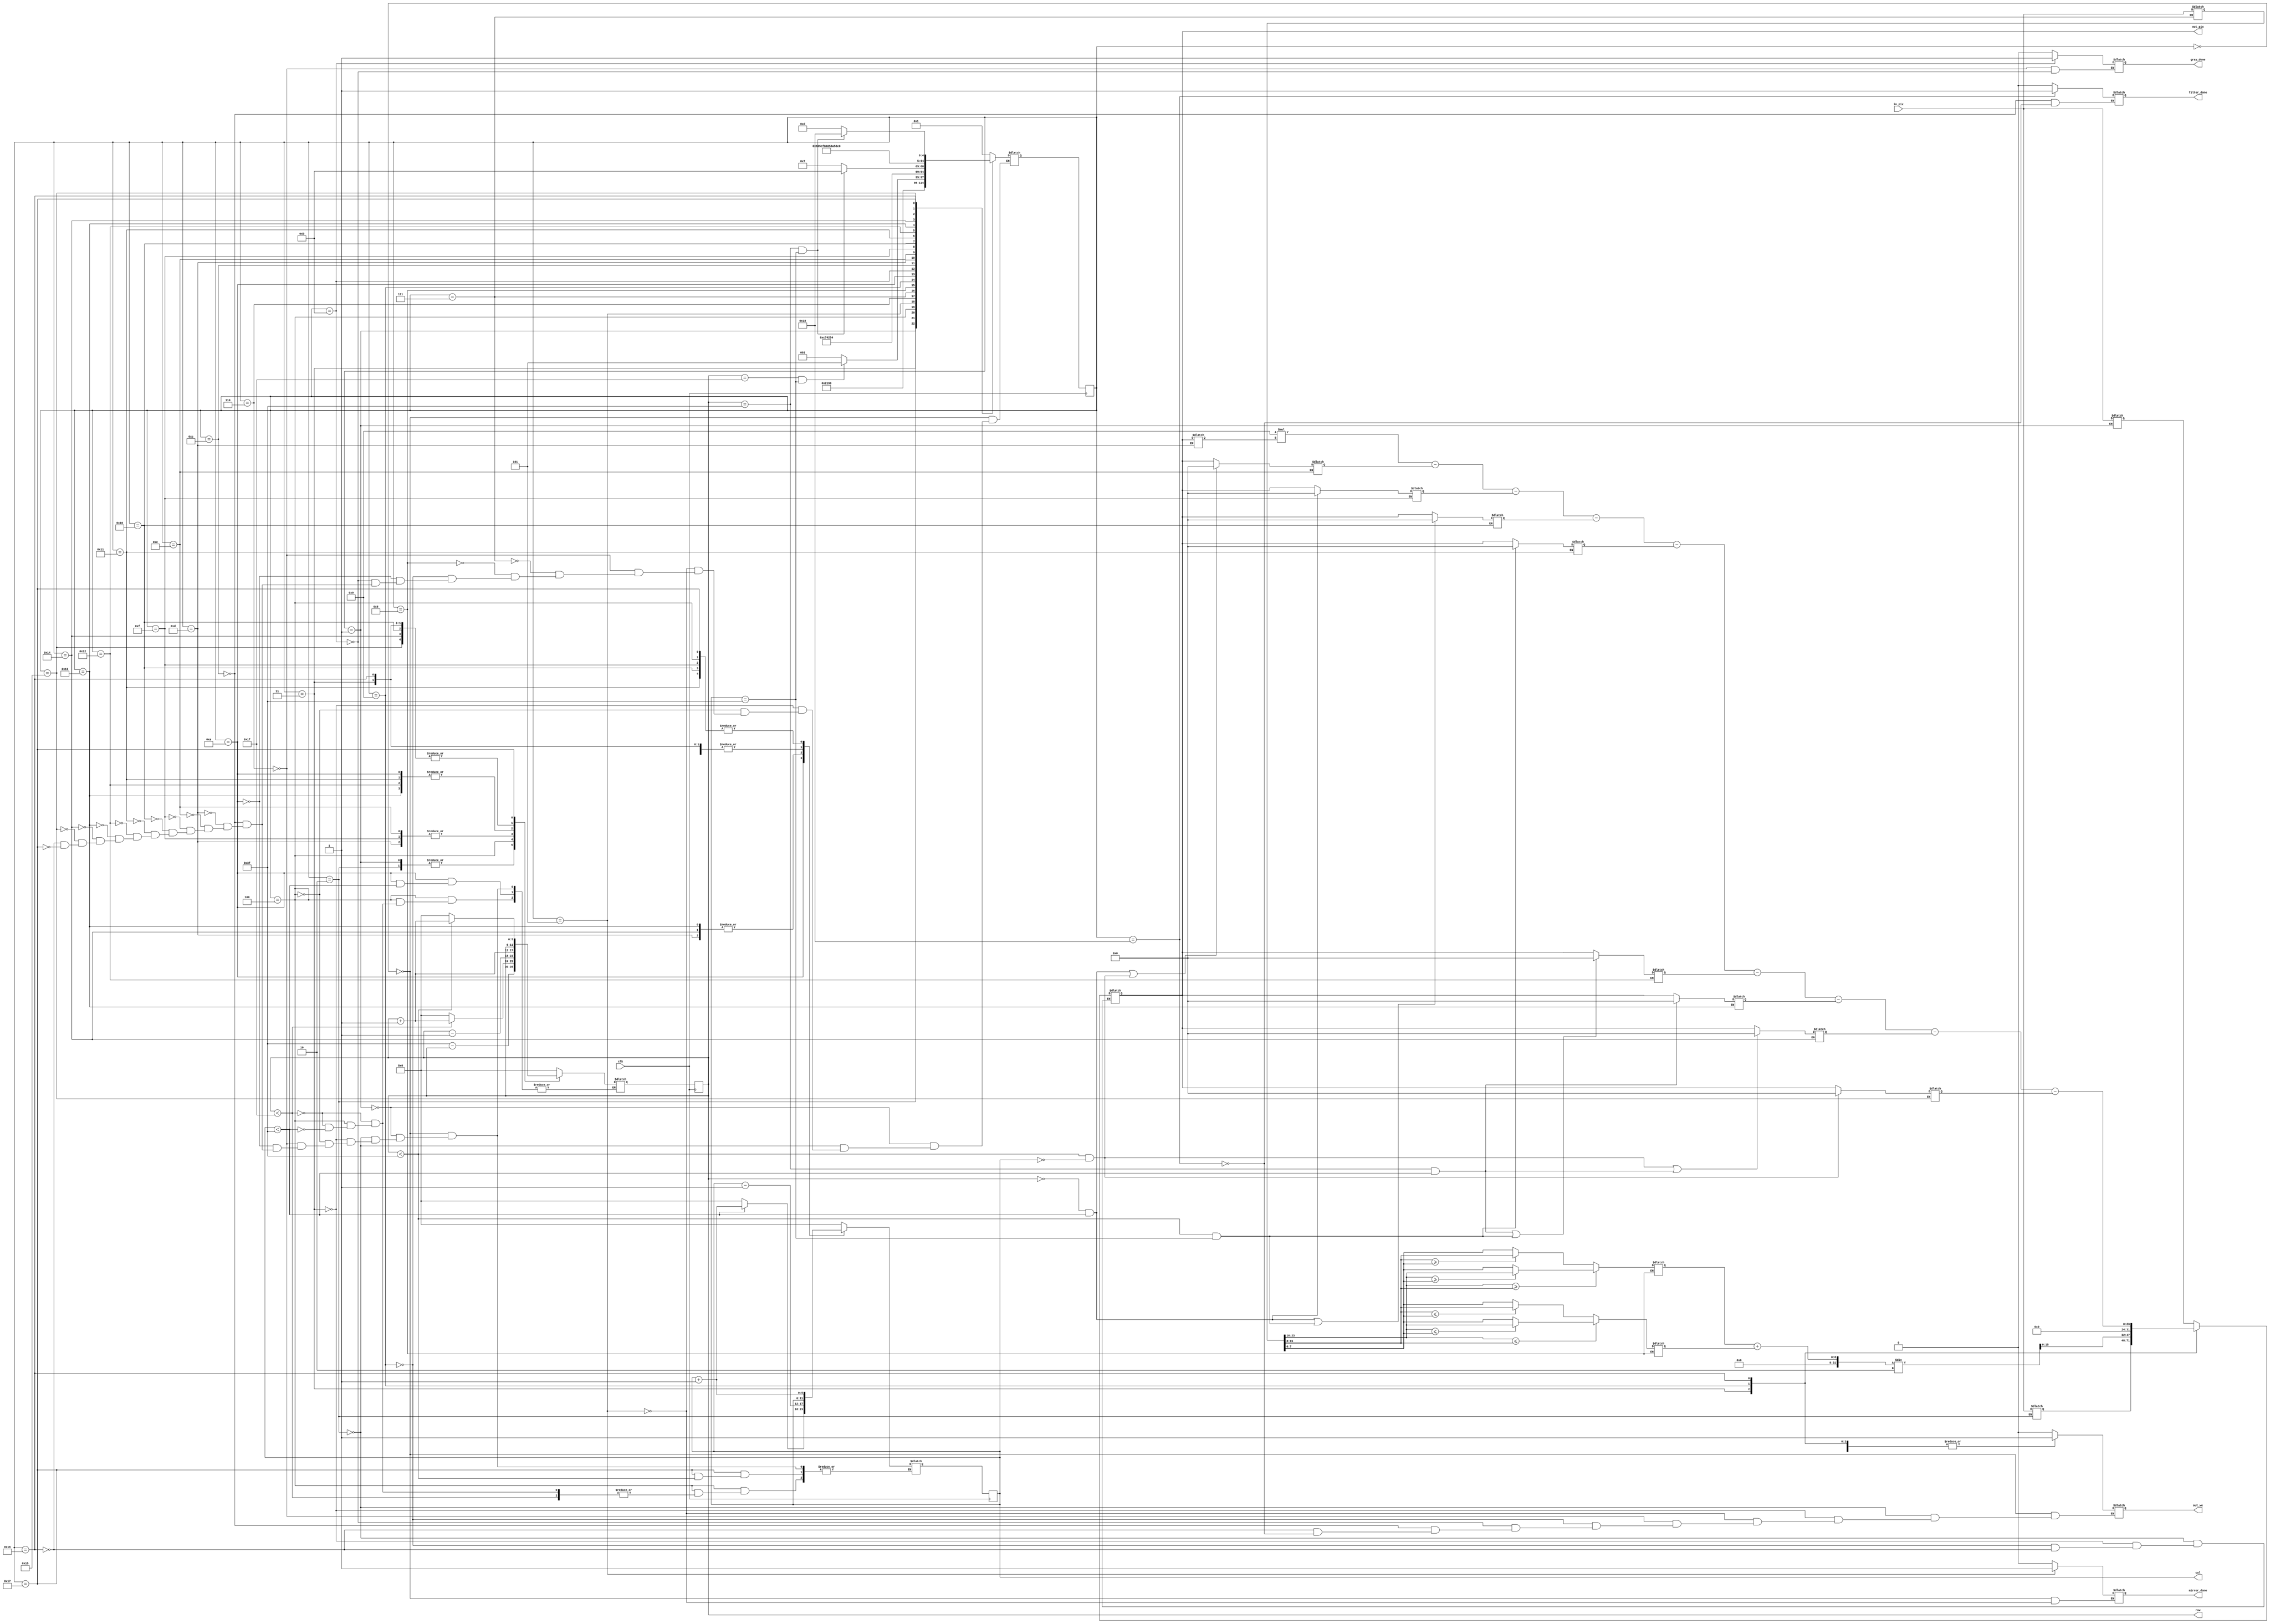
module process(
	input clk,				// clock 
	input [23:0] in_pix,	// valoarea pixelului de pe pozitia [in_row, in_col] din imaginea de intrare (R 23:16; G 15:8; B 7:0)
	output reg [5:0] row, col, 	// selecteaza un rand si o coloana din imagine
	output reg out_we, 			// activeaza scrierea pentru imaginea de iesire (write enable)
	output reg [23:0] out_pix,	// valoarea pixelului care va fi scrisa in imaginea de iesire pe pozitia [out_row, out_col] (R 23:16; G 15:8; B 7:0)
	output reg mirror_done,		// semnaleaza terminarea actiunii de oglindire (activ pe 1)
	output reg gray_done,		// semnaleaza terminarea actiunii de transformare in grayscale (activ pe 1)
	output reg filter_done);	// semnaleaza terminarea actiunii de aplicare a filtrului de sharpness (activ pe 1)

//Starile pe care le voi utiliza in automat

	parameter IDLE=5'b00000;
	parameter Read_first_pixel= 5'b00001;
	parameter Read_last_pixel_write_first_pixel =5'b00010;
	parameter Write_last_pixel= 5'b00011;
	parameter Inc_index =5'b00100;
	parameter Done = 5'b00101;
	parameter Initial_gray = 5'b00110;
	parameter Read_pixel = 5'b00111;
	parameter Maxim_Minim_calculus = 5'b01000;
	parameter Write_average = 5'b01001;
	parameter gray_increment = 5'b01010;
	parameter donegr = 5'b01011;
	parameter initial_sharpness = 5'b01100;
	parameter read_first_pixel_sharp = 5'b01101;
	parameter read_neighbour1 = 5'b01110;
	parameter read_neighbour2 = 5'b01111;
	parameter read_neighbour3 = 5'b10000;
	parameter read_neighbour4 = 5'b10001;
	parameter read_neighbour5 = 5'b10010;
	parameter read_neighbour6 = 5'b10011;
	parameter read_neighbour7 = 5'b10100;
	parameter read_neighbour8 = 5'b10101;
	parameter output_pixel_calculus = 5'b10110;
	parameter sharpness_increment = 5'b10111;
	parameter sharp_done = 5'b11000;

	reg [4:0] state = IDLE, next_state;
	reg [5:0] row_index, col_index;
	reg [23:0] fpix, lpix;
	reg [23:0] pixel;
	reg [7:0] maxim, minim;
	reg [23:0] neighbour1, neighbour2, neighbour3, neighbour4, neighbour5, neighbour6, neighbour7, neighbour8, pixel_sharp;


always @(posedge clk) begin
	state <= next_state;
	row <= row_index;
	col <= col_index;
end

always @(*) begin
	case (state)
	
	//Starea initiala pentru "mirror"
		IDLE: begin
			mirror_done = 0;
			out_we = 0;
			
			row_index = 0;
			col_index = 0;
			
			next_state = Read_first_pixel;
		end
		
		
		//Citire pixel din prima jumatate (stanga sus) a imaginii
		Read_first_pixel: begin
			fpix = in_pix;
			
			row_index = 63 - row; //Setez indexii pentru rand si coloana pentru urmatoarea stare
			col_index = col;
			
			next_state = Read_last_pixel_write_first_pixel;
		end
		
		//Citim pixelul din a doua jumatate (incepand cu coltul stanga jos) si il scriem in prima jumatate
		Read_last_pixel_write_first_pixel: begin
			lpix = in_pix;
			
			row_index = 63 - row;
			col_index = col;
			
			out_we = 1;
			out_pix = fpix;
			
			next_state = Write_last_pixel;
		end
		
		//Pixelul din prima jumatate a imaginii este scris in a doua jumatate a imaginii
		Write_last_pixel: begin
			out_we = 1;
			out_pix = lpix;
			
			row_index = row;
			col_index = col;
		
			next_state = Inc_index;
		end
		
		//Incrementarea indexilor
		//Parcurgerea se face pe coloane, de sus in jos (in prima jumatate a imaginii)
		Inc_index: begin
			next_state = (row == 31 && col == 63) ? Done : Read_first_pixel; 
						
			if (row<31) begin
				row_index = row + 1;
			end else begin
				if (col<63) begin
					col_index = col + 1;
					row_index = 0;
				end
			end
		end
		
		//Starea de finalizare pentru "mirror"
		Done: begin
			out_we = 0;
			mirror_done = 1;
			next_state = Initial_gray;
		end
		
		//Stare initiala pentru "grayscale"
		Initial_gray:begin
			gray_done = 0;
			out_we = 0;
			row_index = 0;
			col_index = 0;
			next_state = Read_pixel;
		end
		
		//Stare pentru citirea pixelilor
		Read_pixel:begin	
			pixel = in_pix;
			next_state = Maxim_Minim_calculus;
		end
		
		//Se calculeaza minimul si maximul dintre cele 3 canale
		Maxim_Minim_calculus:begin
			maxim = (pixel[23:16] >= pixel[15:8]) ? 
							((pixel[23:16] >= pixel[7:0]) ? pixel[23:16] : pixel[7:0]) : 
							((pixel[15:8] >= pixel[7:0]) ? pixel[15:8] : pixel[7:0]);
							
			minim =  (pixel[23:16] <= pixel[15:8]) ? 
							((pixel[23:16] <= pixel[7:0]) ? pixel[23:16] : pixel[7:0]) : 
							((pixel[15:8] <= pixel[7:0]) ? pixel[15:8] : pixel[7:0]);
										
				
			next_state = Write_average;
		
		end
		
		Write_average:begin
			out_we = 1;
			
			out_pix = {8'b0, (maxim + minim) /2, 8'b0}; //Semnalele 'R' si 'B' sunt setate pe '0', iar 'G' este setat pe valoarea mediei dintre min si max
			
			next_state = gray_increment;
		end
		
		//Incrementarea indexilor
		//Parcurgerea se face de sus in jos, pe randuri
		gray_increment:begin
			next_state = (row == 63 && col == 63) ? donegr : Read_pixel;
			if(col< 63) begin
							col_index = col +  1;
			end 	else 	begin
							row_index = row + 1;
							col_index = 0;
			end
		end
		
		//Starea de finalizare a actiunii 'grayscale'
		donegr:begin
			out_we = 0;
			gray_done = 1;
			next_state = initial_sharpness;
		end
	
		//Starea initiala pentru 'sharpness'
		initial_sharpness:begin
			filter_done = 0;
			out_we = 0;
			row_index = 0;
			col_index = 0;
			next_state = read_first_pixel_sharp;
		end
		
		//Citim pixelii din matricea imagine
		read_first_pixel_sharp:begin
			pixel_sharp = out_pix;
			row_index = row - 1;//Setam indexii pentru rand si coloana pentru primul vecin al pixelului citit, adica practic elementul [0][0] al matricii 3x3 din jurul pixelului 
			col_index = col - 1;
			next_state = read_neighbour1;
		end
			
		//Citim primul vecin al pixel_sharp	
		read_neighbour1:begin
		if(row == 0 && col < 63   || row <63 && col == 0 ) // Conditii pentru cazul in care acest vecin trebuie sa ia valoarea 0, aflandu-se in afara matricii imagine 
						begin
						neighbour1 = 24'b0;
			end else begin
						neighbour1 = out_pix;
			end
			row_index = row - 1; //Setam indexii pentru rand si coloana pentru al doilea vecin, analog cu primul vecin
			col_index = col;
			next_state = read_neighbour2;
		end
		
		//Citim al doilea vecin al pixel_sharp ([0][1])
		read_neighbour2:begin
			if(row == 0 && col < 63)
						begin 
						neighbour2 = 24'b0;
			end else begin
						neighbour2 = out_pix;
			end
			row_index = row - 1 ;
			col_index = col + 1;
			next_state = read_neighbour3;
		end
		
		//Citim al doilea vecin al pixel_sharp ([0][2])
		read_neighbour3:begin
			if(row == 0 && col < 63 || row <63 && col == 63 )
						begin 
						neighbour3 = 24'b0;
			end else begin
						neighbour3 = out_pix;
			end
			row_index = row ;
			col_index = col + 1;
			next_state = read_neighbour4;
		end
		
		//Citim al doilea vecin al pixel_sharp ([1][2])
		read_neighbour4:begin
			if(col == 63 && row < 63)
						begin 
						neighbour4 = 24'b0;
			end else begin
						neighbour4 = out_pix;
			end
			row_index = row + 1;
			col_index = col + 1;
			next_state = read_neighbour5;
		end
		
		//Citim al doilea vecin al pixel_sharp ([2][2])
		read_neighbour5:begin
			if(row == 63 && col < 63 || row < 63 && col == 63)
						begin 
						neighbour5 = 24'b0;
			end else begin
						neighbour5 = out_pix;
			end
			row_index = row + 1;
			col_index = col ;
			next_state = read_neighbour6;
		end
		
		//Citim al doilea vecin al pixel_sharp ([2][1])
		read_neighbour6:begin
			if(row == 63 && col < 63 )
						begin 
						neighbour6 = 24'b0;
			end else begin
						neighbour6 = out_pix;
			end
			row_index = row + 1;
			col_index = col - 1;
			next_state = read_neighbour7;
		end
		
		//Citim al doilea vecin al pixel_sharp ([2][0])
		read_neighbour7:begin
			if(row < 63 && col == 0 || row == 63 && col < 63 )
						begin 
						neighbour7 = 24'b0;
			end else begin
						neighbour7 = out_pix;
			end
			row_index = row;
			col_index = col - 1;
			next_state = read_neighbour8;
		end
		
		//Citim al doilea vecin al pixel_sharp ([1][0])
		read_neighbour8:begin
			if(row < 63 && col == 0)
						begin 
						neighbour8 = 24'b0;
			end else begin
						neighbour8 = out_pix;
			end
			row_index = row;// Setam indexii pentru rand si coloana pentru urmatoarea stare
			col_index = col;
			next_state = output_pixel_calculus;
		end
		
		//Calculam si scriem valoarea pe care trebuie sa o ia out_pix, adica inmultim fiecare pixel din matricea vecinilor cu fiecare pixel din SharpMatrix
		output_pixel_calculus:begin
			out_we = 1;
			out_pix =  9*pixel_sharp - neighbour1 - neighbour2 - neighbour3 - neighbour4 - neighbour5 - neighbour6  - neighbour7  - neighbour8; 
			row_index = row;
			col_index = col;
			next_state = sharpness_increment;
		end
		
		//Incrementarea indexilor
		//Parcurgerea se face de sus in jos, pe coloane 
		sharpness_increment:begin
			next_state = (row == 63 && col == 63) ? sharp_done : read_first_pixel_sharp;
			if(row< 63)
						begin
						row_index = row +  1;
			end else begin
						col_index = col + 1;
						row_index = 0;
			end
		end
		
		//Starea de finalizare a actiunii 'sharpness'
		sharp_done:begin
			filter_done = 1;
			out_we = 0;
		end
		endcase
end

endmodule